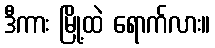
ဒီကား မြို့ထဲ ရောက်လား။